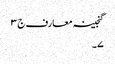
گنجینہ معارف ج ٣
٧۔